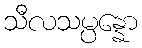
သီလသမ္ပန္နော